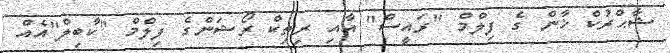
ޝާޙްރުކް ޚާން ގެ ފިލްމް "ރައީސް" އާއި ރިތިކް ރޯޝަންގެ ފިލްމް "ކާބިލް"އެއް